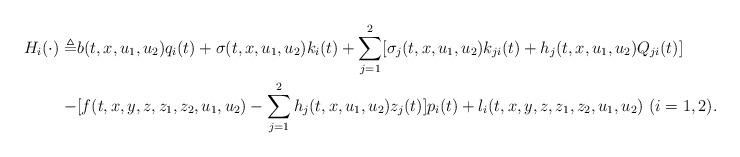
LaTeX: \begin{align*}\begin{aligned}H_{i}(\cdot)\triangleq& b(t,x,u_1,u_2)q_i(t)+\sigma(t,x,u_1,u_2)k_i(t)+\sum_{j=1}^2[\sigma_j(t,x,u_1,u_2)k_{ji}(t)+h_j(t,x,u_1,u_2)Q_{ji}(t)]\\-&[f(t,x,y,z,z_1,z_2,u_1,u_2)-\sum_{j=1}^2h_j(t,x,u_1,u_2)z_j(t)]p_i(t)+l_i(t,x,y,z,z_1,z_2,u_1,u_2)\ (i=1,2).\\\end{aligned}\end{align*}